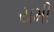
યમી